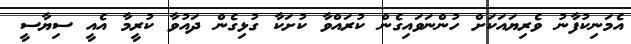
އެމަނިކުފާނު ވެރިޔައަކަށް ހުންނަވައިގެން ކުރައްވާ ކުށަކާ ގުޅިގެން ދައުވާ ކުރީމާ އެއީ ސިޔާސީ